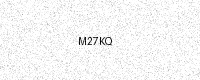
Text: M27KQ